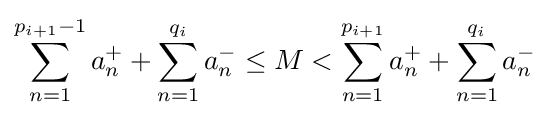
\sum _{n=1}^{p_{i+1}-1}a_{n}^{+}+\sum _{n=1}^{q_{i}}a_{n}^{-}\leq M<\sum _{n=1}^{p_{i+1}}a_{n}^{+}+\sum _{n=1}^{q_{i}}a_{n}^{-}